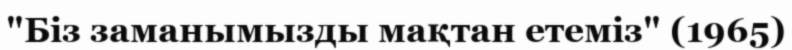
"Біз заманымызды мақтан етеміз" (1965)